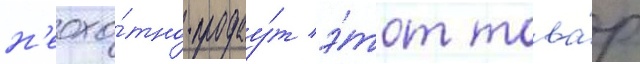
н'еохо́тно продау́т э́тот това́р